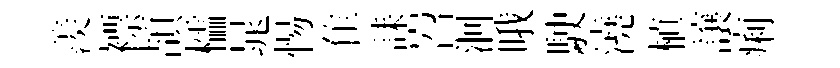
羨褾頡櫺晁惕隹誄岧洄哦駛澆植譲痢